画像に写った文字を読んでください
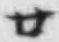
「廿」と書いてあります